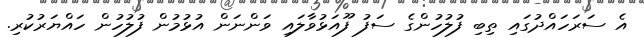
އެ ސަރަހައްދުގައި ތިބި ފުލުހުންގެ ސަފު ފޫއަޅުވާލައި ވަންނަން އުޅުމުން ފުލުހުން ހައްޔަރުކުރި.